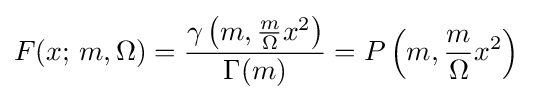
F(x;\,m,\Omega )={\frac {\gamma \left(m,{\frac {m}{\Omega }}x^{2}\right)}{\Gamma (m)}}=P\left(m,{\frac {m}{\Omega }}x^{2}\right)